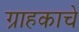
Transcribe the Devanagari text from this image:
ग्राहकाचे